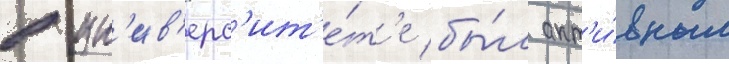
в ун'ив'ерс'ит'е́т'е бы́л акт'и́вным